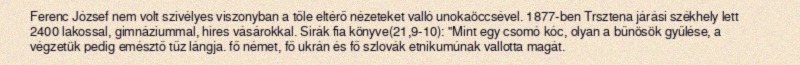
Ferenc József nem volt szívélyes viszonyban a tőle eltérő nézeteket valló unokaöccsével. 1877-ben Trsztena járási székhely lett 2400 lakossal, gimnáziummal, híres vásárokkal. Sirák fia könyve(21,9-10): "Mint egy csomó kóc, olyan a bűnösök gyűlése, a végzetük pedig emésztő tűz lángja. fő német, fő ukrán és fő szlovák etnikumúnak vallotta magát.